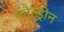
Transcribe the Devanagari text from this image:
कौल्ड्रोन